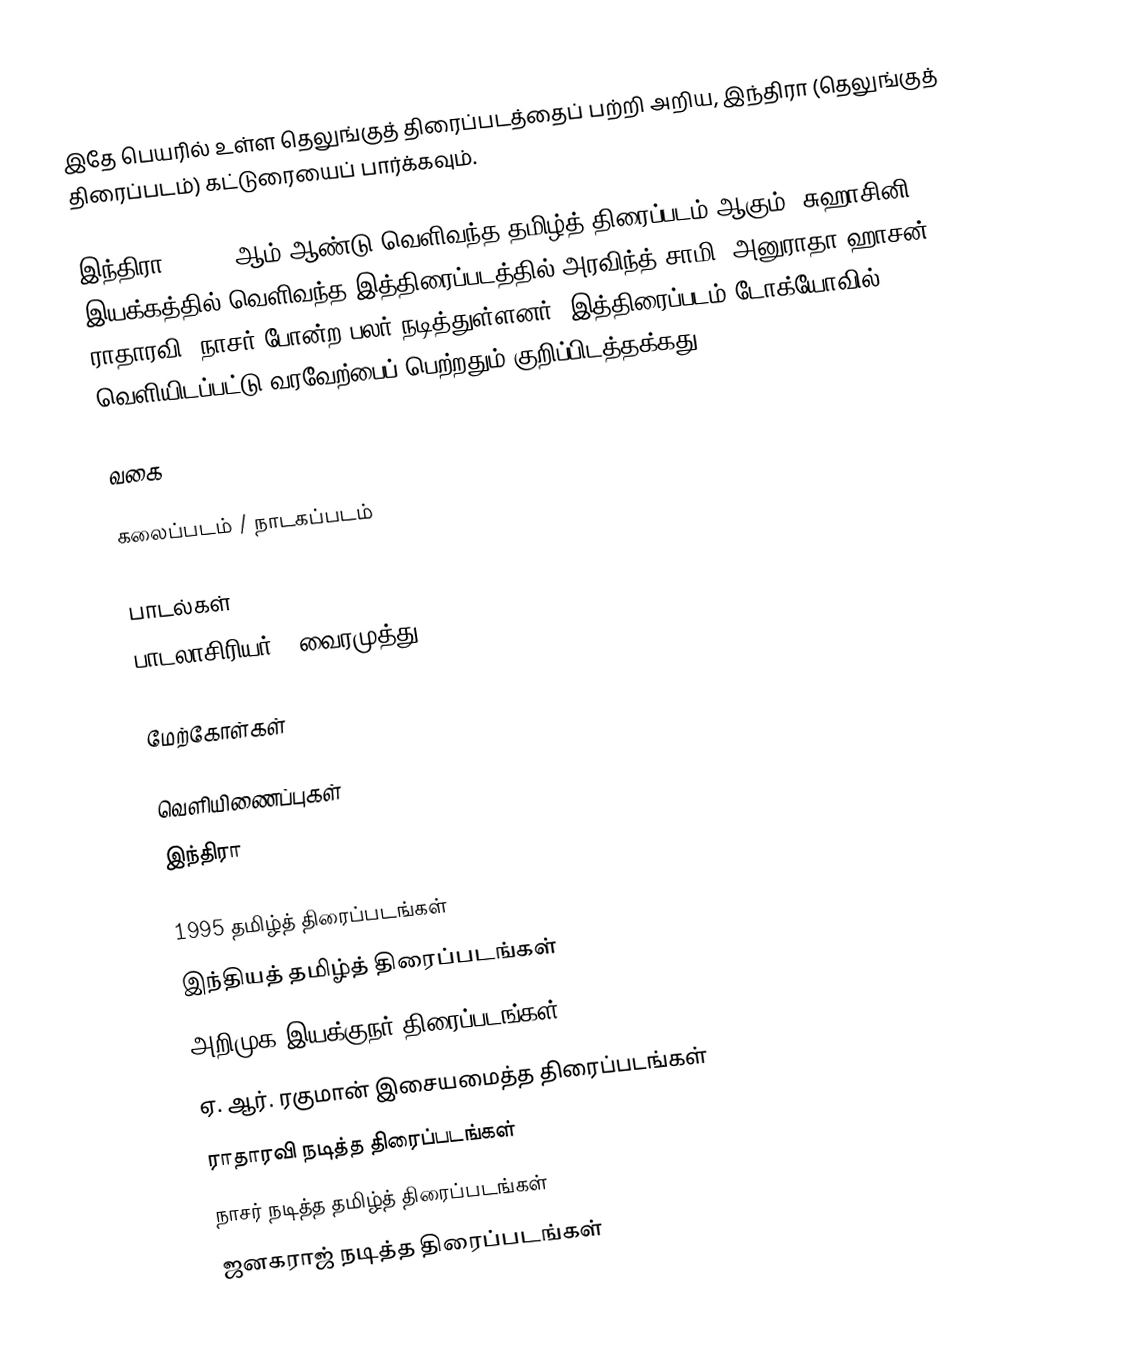
இதே பெயரில் உள்ள தெலுங்குத் திரைப்படத்தைப் பற்றி அறிய, இந்திரா (தெலுங்குத் திரைப்படம்) கட்டுரையைப் பார்க்கவும்.

இந்திரா (1995) ஆம் ஆண்டு வெளிவந்த தமிழ்த் திரைப்படம் ஆகும். சுஹாசினி இயக்கத்தில் வெளிவந்த இத்திரைப்படத்தில் அரவிந்த் சாமி, அனுராதா ஹாசன், ராதாரவி, நாசர் போன்ற பலர் நடித்துள்ளனர். இத்திரைப்படம் டோக்யோவில் வெளியிடப்பட்டு வரவேற்பைப் பெற்றதும்  குறிப்பிடத்தக்கது.

வகை

கலைப்படம் / நாடகப்படம்

பாடல்கள்
பாடலாசிரியர் - வைரமுத்து

மேற்கோள்கள்

வெளியிணைப்புகள்
இந்திரா

1995 தமிழ்த் திரைப்படங்கள்
இந்தியத் தமிழ்த் திரைப்படங்கள்
அறிமுக இயக்குநர் திரைப்படங்கள்
ஏ. ஆர். ரகுமான் இசையமைத்த திரைப்படங்கள்
ராதாரவி நடித்த திரைப்படங்கள்
நாசர் நடித்த தமிழ்த் திரைப்படங்கள்
ஜனகராஜ் நடித்த திரைப்படங்கள்